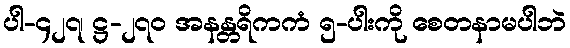
ပါ-၄၂၇၊ ဋ္ဌ-၂၇၀ အနန္တရိကကံ ၅-ပါးကို စေတနာမပါဘဲ